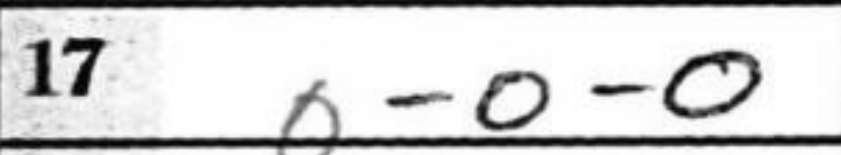
Transcription: O-O-O